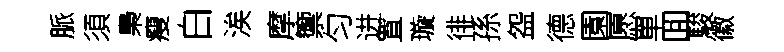
脈須梟瘦白涘摩籞匀进罝璇徘孫盌德園愿單囬駿徽